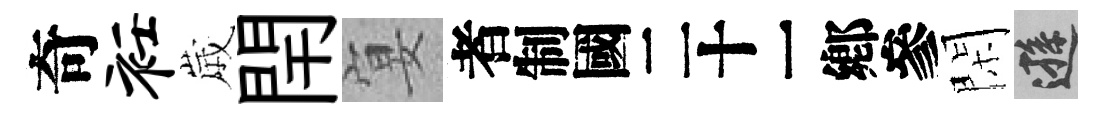
奇衽𡻕閈宴识閑遜